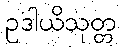
ဥဒါယိသုတ္တ